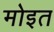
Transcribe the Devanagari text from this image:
मोइत